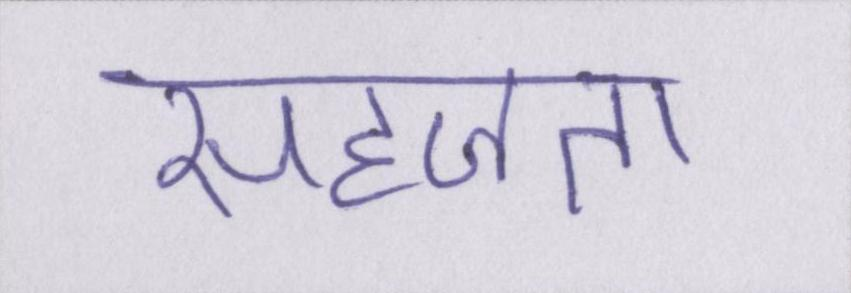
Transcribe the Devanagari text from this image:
सहजता